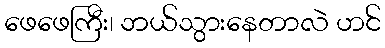
ဖေဖေကြီး၊ ဘယ်သွားနေတာလဲ ဟင်